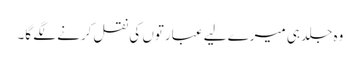
وہ جلد ہی میرے لیے عبارتوں کی نقل کرنے لگے گا۔